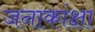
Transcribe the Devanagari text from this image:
जनाकांक्षा